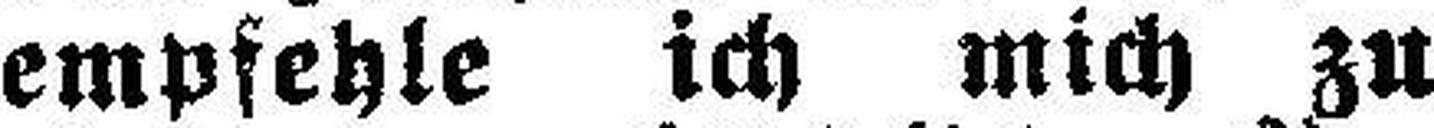
empfehle ich mich zu